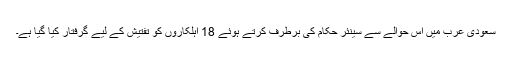
سعودی عرب میں اس حوالے سے سینئر حکام کی برطرف کرتے ہوئے 18 اہلکاروں کو تفتیش کے لیے گرفتار کیا گیا ہے۔